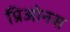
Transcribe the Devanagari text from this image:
प्रिओनस